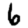
Digit: 6